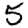
Digit: 5